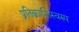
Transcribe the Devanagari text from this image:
प्रतिक्रान्तिस्वरुप